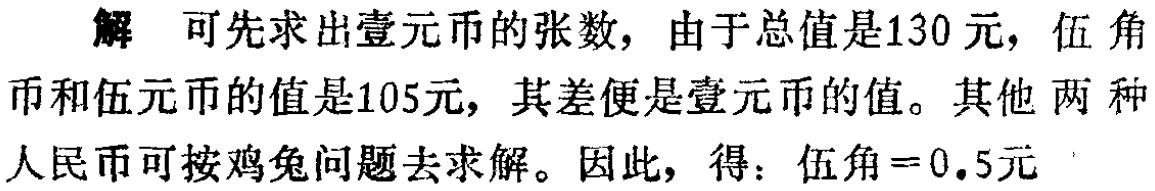
解 可先求出壹元币的张数，由于总值是130元，伍角币和伍元币的值是105元，其差便是壹元币的值。其他两种人民币可按鸡兔问题去求解。因此，得：伍角=0.5元